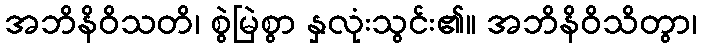
အဘိနိဝိသတိ၊ စွဲမြဲစွာ နှလုံးသွင်း၏။ အဘိနိဝိသိတွာ၊